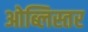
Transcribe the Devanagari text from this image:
ओब्लिस्तर